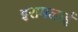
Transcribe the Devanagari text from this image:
इरामलाई